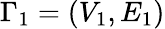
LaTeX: \Gamma_{1}=(V_{1},E_{1})